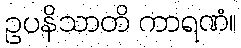
ဥပနိသာတိ ကာရဏံ။